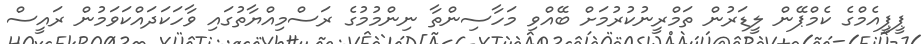
ޕީޕީއެމްގެ ކެމްޕޭން ލީޑަރުން ތަމްރީނުކުރުމަށް ބޭއްވި މަހާސިންތާ ނިންމުމުގެ ރަސްމިއްޔާތުގައި ވާހަކަދައްކަވަމުން ރައީސް